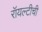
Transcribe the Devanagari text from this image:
रॉयल्टीची